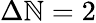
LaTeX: \Delta\mathbb{N}=2